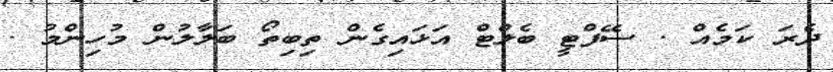
ދެރަ ކަމެއް . ސޭފްޓީ ބެލްޓް އަޅައިގެން ތިބިތޯ ބަލާލުން މުހިންމު .